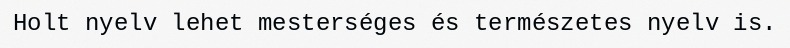
Holt nyelv lehet mesterséges és természetes nyelv is.